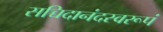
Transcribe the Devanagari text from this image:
सच्चिदानंदस्वरूपं